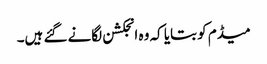
میڈم کو بتایا کہ وہ انجکشن لگانے گئے ہیں۔